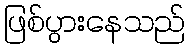
ဖြစ်ပွားနေသည်